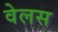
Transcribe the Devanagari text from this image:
वेलस